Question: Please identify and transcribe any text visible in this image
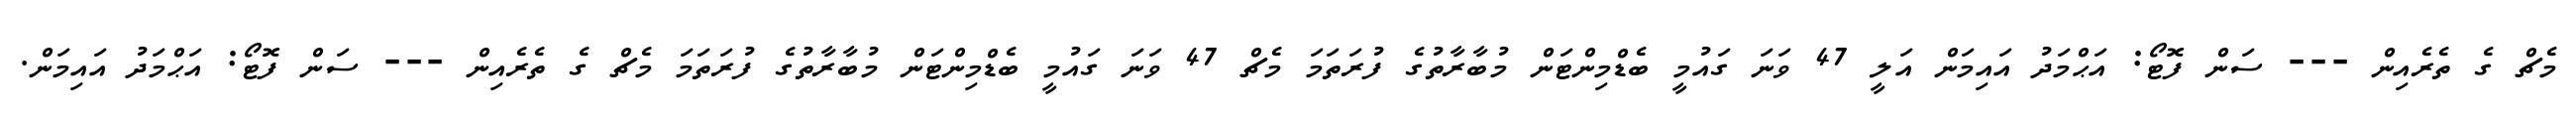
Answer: މެޗް ގެ ތެރެއިން --- ސަން ފޮޓޯ: އަޙްމަދު އައިމަން އަލީ 47 ވަނަ ގައުމީ ބެޑްމިންޓަން މުބާރާތުގެ ފުރަތަމަ މެޗް 47 ވަނަ ގައުމީ ބެޑްމިންޓަން މުބާރާތުގެ ފުރަތަމަ މެޗް ގެ ތެރެއިން --- ސަން ފޮޓޯ: އަޙްމަދު އައިމަން.